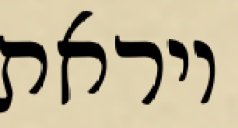
ויראת